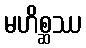
မဟိစ္ဆဿ